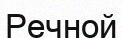
Речной